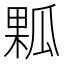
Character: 𤬁